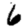
Digit: 6